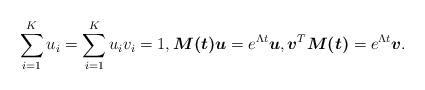
LaTeX: \begin{align*}\sum_{i=1}^{K}u_{i}=\sum_{i=1}^{K}u_{i}v_{i}=1,\boldsymbol{M(t)}\boldsymbol{u}=e^{\Lambda t}\boldsymbol{u},\boldsymbol{v}^{T}\boldsymbol{M(t)}=e^{\Lambda t}\boldsymbol{v}.\end{align*}